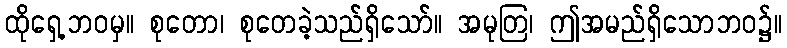
ထိုရှေ့ဘဝမှ။ စုတော၊ စုတေခဲ့သည်ရှိသော်။ အမုတြ၊ ဤအမည်ရှိသောဘဝ၌။